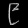
Digit: ၉